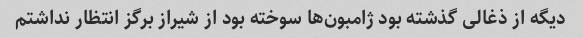
دیگه از ذغالی گذشته بود ژامبون‌ها سوخته بود از شیراز برگز انتظار نداشتم